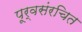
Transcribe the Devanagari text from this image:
पूर्वसंरचित